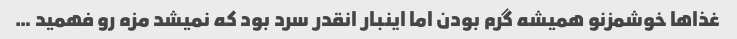
غذا‌ها خوشمزنو همیشه گرم بودن اما اینبار انقدر سرد بود که نمیشد مزه رو فهمید …